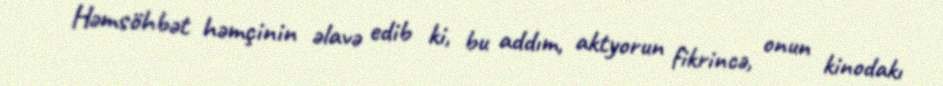
Həmsöhbət həmçinin əlavə edib ki, bu addım, aktyorun fikrincə, onun kinodakı